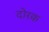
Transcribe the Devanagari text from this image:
दोरक